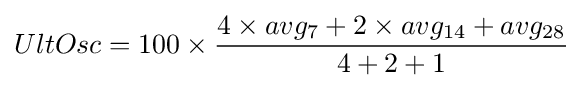
UltOsc=100\times {4\times avg_{7}+2\times avg_{14}+avg_{28} \over 4+2+1}